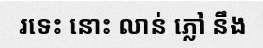
រទេះ នោះ លាន់ ភ្លៅ នឹង